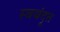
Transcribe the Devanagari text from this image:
स्वयंदूत